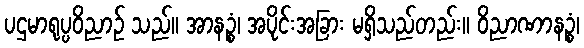
ပဌမာရုပ္ပဝိညာဉ် သည်။ အာနဉ္စံ၊ အပိုင်းအခြား မရှိသည်တည်း။ ဝိညာဏာနဉ္စံ၊